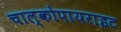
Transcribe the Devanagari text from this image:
चाल्कोपायराइट